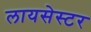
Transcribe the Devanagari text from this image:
लायसेस्टर